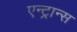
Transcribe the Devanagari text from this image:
एन्ट्रान्स